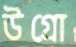
উগ্‌রো